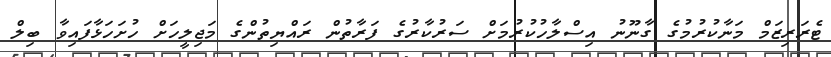
ޓެރަރިޒަމް މަނާކުރުމުގެ ގާނޫނު އިސްލާހުކުރުމަށް ސަރުކާރުގެ ފަރާތުން ރައްޔިތުންގެ މަޖިލީހަށް ހުށަހަޅާފައިވާ ބިލް